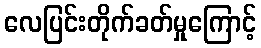
လေပြင်းတိုက်ခတ်မှုကြောင့်